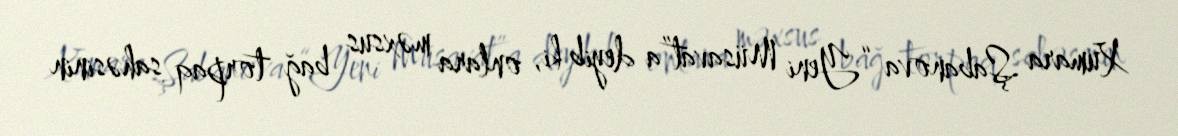
Xumara Şabanova “Yeni Müsavat”a deyib ki, onlara məxsus bağ torpaq sahəsinin